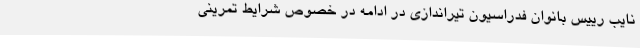
نایب رییس بانوان فدراسیون تیراندازی در ادامه در خصوص شرایط تمرینی